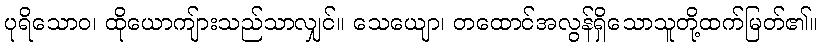
ပုရိသောဝ၊ ထိုယောကျ်ားသည်သာလျှင်။ သေယျော၊ တထောင်အလွန်ရှိသောသူတို့ထက်မြတ်၏။